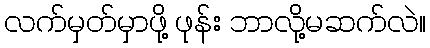
လက်မှတ်မှာဖို့ ဖုန်း ဘာလို့မဆက်လဲ။